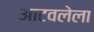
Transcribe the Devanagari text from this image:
आटवलेला